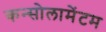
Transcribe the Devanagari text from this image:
कन्सोलामेंटम